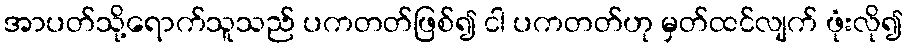
အာပတ်သို့ရောက်သူသည် ပကတတ်ဖြစ်၍ ငါ ပကတတ်ဟု မှတ်ထင်လျက် ဖုံးလို၍